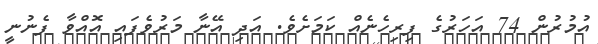
އުމުރުން 74 އަހަރުގެ ފިރިހެނެއް ކަމަށެވެ. އަދި އޭނާ މަރުވެފައި އޮއްވާ ފެނުނީ